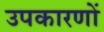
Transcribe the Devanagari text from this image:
उपकारणों